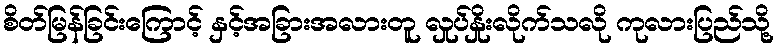
စိတ်မြန်ခြင်းကြောင့် နှင့်အခြားအလားတူ လှုပ်နှိုးလိုက်သလို ကုလားပြည်သို့